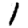
Digit: 1